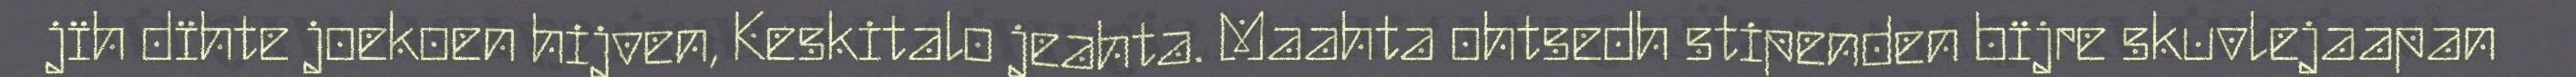
jïh dïhte joekoen hijven, Keskitalo jeahta. Maahta ohtsedh stipenden bïjre skuvlejaapan